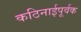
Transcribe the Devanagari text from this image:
कठिनाईपूर्वक